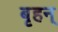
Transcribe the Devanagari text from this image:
बृहन्